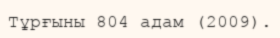
Тұрғыны 804 адам (2009).